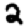
Digit: 2